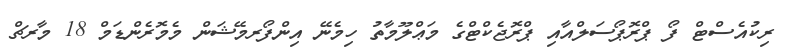
ރިކުއެސްޓް ފޯ ޕްރޮޕޯސަލްއާއި ޕްރޮޖެކްޓްގެ މަޢްލޫމާތު ހިމެނޭ އިންފޯރމޭޝަން މެމޮރެންޑަމް 18 މާރޗް